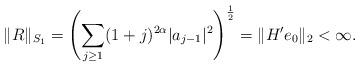
LaTeX: \begin{align*}\|R\|_{S_1}=\left(\sum_{j\geq 1}(1+j)^{2\alpha}|a_{j-1}|^2\right)^{\frac{1}{2}}=\|H'e_0\|_2 <\infty.\end{align*}